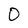
Character: 0